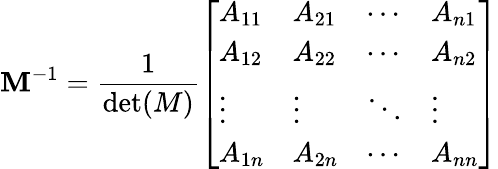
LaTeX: \mathbf{M}^{-1}={\frac{1}{\operatorname*{det}(M)}}{\left[\begin{array}{llll}{A_{11}}&{A_{21}}&{\cdots}&{A_{n1}}\\ {A_{12}}&{A_{22}}&{\cdots}&{A_{n2}}\\ {\vdots}&{\vdots}&{\ddots}&{\vdots}\\ {A_{1n}}&{A_{2n}}&{\cdots}&{A_{nn}}\end{array}\right]}